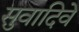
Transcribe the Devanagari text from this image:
सुवादिवे